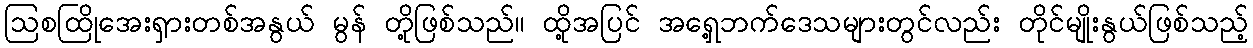
ဩစထြိုအေးရှားတစ်အနွယ် မွန် တို့ဖြစ်သည်။ ထို့အပြင် အရှေ့ဘက်ဒေသများတွင်လည်း တိုင်မျိုးနွယ်ဖြစ်သည့်